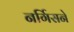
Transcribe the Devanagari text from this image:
नर्गिसने